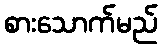
စားသောက်မည်